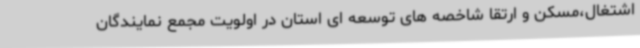
اشتغال،مسکن و ارتقا شاخصه های توسعه ای استان در اولویت مجمع نمایندگان